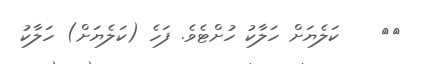
٣٤    ކަލެޔަށް ހަލާކު ހުށްޓެވެ. ފަހެ (ކަލެޔަށް) ހަލާކު